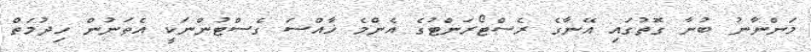
މަންނާނު ބުނާ ގޮތުގައި އޭނާގެ ރެސްޓޯރަންޓުގެ އެންމެ ޚާއްސަ ގެސްޓުންނަކީ އެތަނުން ހިދުމަތް